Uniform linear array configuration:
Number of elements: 64
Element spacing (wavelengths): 0.75
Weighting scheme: uniform
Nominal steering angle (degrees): -15
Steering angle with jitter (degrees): -15.638
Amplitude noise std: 0.05
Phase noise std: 0.05

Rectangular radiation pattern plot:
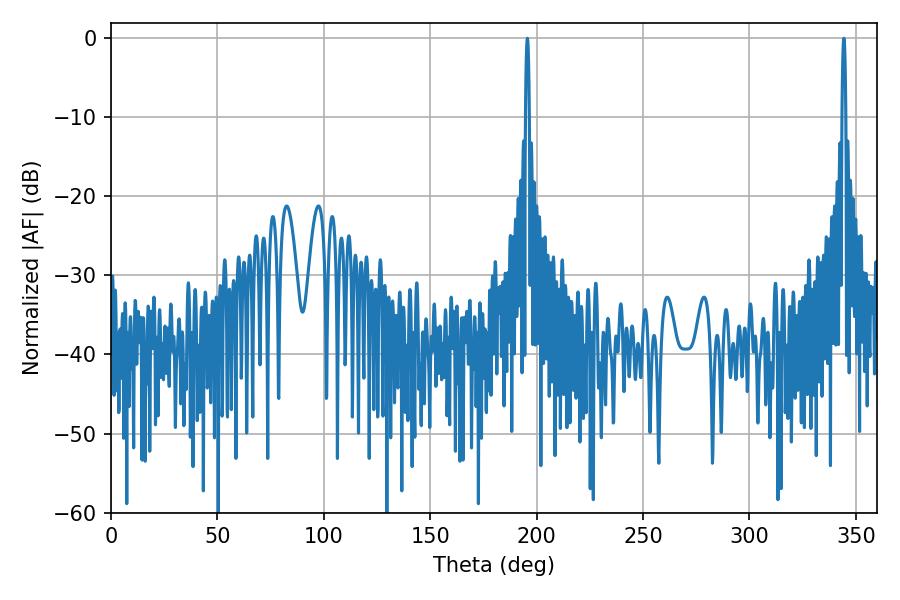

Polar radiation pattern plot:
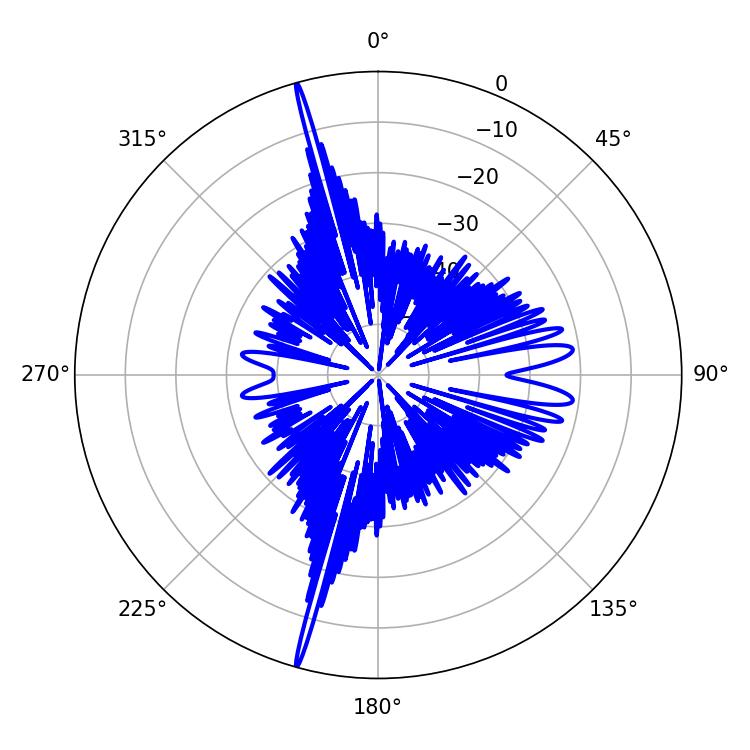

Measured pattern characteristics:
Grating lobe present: TRUE
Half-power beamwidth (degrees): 0.9
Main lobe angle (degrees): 344.34